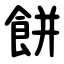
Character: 餅